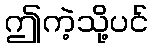
ဤကဲ့သို့ပင်